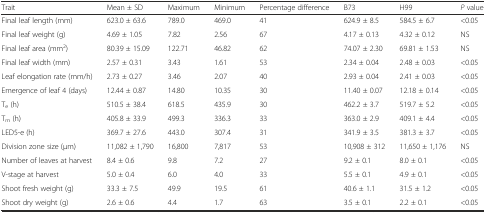
<table><thead><tr><td><b>Trait</b></td><td><b>Mean ± SD</b></td><td><b>Maximum</b></td><td><b>Minimum</b></td><td><b>Percentage difference</b></td><td><b>B73</b></td><td><b>H99</b></td><td><b><i>P</i> value</b></td></tr></thead><tbody><tr><td>Final leaf length (mm)</td><td>623.0 ± 63.6</td><td>789.0</td><td>469.0</td><td>41</td><td>624.9 ± 8.5</td><td>584.5 ± 6.7</td><td>&lt;0.05</td></tr><tr><td>Final leaf weight (g)</td><td>4.69 ± 1.05</td><td>7.82</td><td>2.56</td><td>67</td><td>4.17 ± 0.13</td><td>4.32 ± 0.12</td><td>NS</td></tr><tr><td>Final leaf area (mm<sup>2</sup>)</td><td>80.39 ± 15.09</td><td>122.71</td><td>46.82</td><td>62</td><td>74.07 ± 2.30</td><td>69.81 ± 1.53</td><td>NS</td></tr><tr><td>Final leaf width (mm)</td><td>2.57 ± 0.31</td><td>3.43</td><td>1.61</td><td>53</td><td>2.34 ± 0.04</td><td>2.48 ± 0.03</td><td>&lt;0.05</td></tr><tr><td>Leaf elongation rate (mm/h)</td><td>2.73 ± 0.27</td><td>3.46</td><td>2.07</td><td>40</td><td>2.93 ± 0.04</td><td>2.41 ± 0.03</td><td>&lt;0.05</td></tr><tr><td>Emergence of leaf 4 (days)</td><td>12.44 ± 0.87</td><td>14.80</td><td>10.35</td><td>30</td><td>11.40 ± 0.07</td><td>12.18 ± 0.14</td><td>&lt;0.05</td></tr><tr><td>T<sub>e</sub> (h)</td><td>510.5 ± 38.4</td><td>618.5</td><td>435.9</td><td>30</td><td>462.2 ± 3.7</td><td>519.7 ± 5.2</td><td>&lt;0.05</td></tr><tr><td>T<sub>m</sub> (h)</td><td>405.8 ± 33.9</td><td>499.3</td><td>336.3</td><td>33</td><td>363.0 ± 2.9</td><td>409.1 ± 4.4</td><td>&lt;0.05</td></tr><tr><td>LED5-e (h)</td><td>369.7 ± 27.6</td><td>443.0</td><td>307.4</td><td>31</td><td>341.9 ± 3.5</td><td>381.3 ± 3.7</td><td>&lt;0.05</td></tr><tr><td>Division zone size (μm)</td><td>11,082 ± 1,790</td><td>16,800</td><td>7,817</td><td>53</td><td>10,908 ± 312</td><td>11,650 ± 1,176</td><td>NS</td></tr><tr><td>Number of leaves at harvest</td><td>8.4 ± 0.6</td><td>9.8</td><td>7.2</td><td>27</td><td>9.2 ± 0.1</td><td>8.0 ± 0.1</td><td>&lt;0.05</td></tr><tr><td>V-stage at harvest</td><td>5.0 ± 0.4</td><td>6.0</td><td>4.0</td><td>33</td><td>5.5 ± 0.1</td><td>4.9 ± 0.1</td><td>&lt;0.05</td></tr><tr><td>Shoot fresh weight (g)</td><td>33.3 ± 7.5</td><td>49.9</td><td>19.5</td><td>61</td><td>40.6 ± 1.1</td><td>31.5 ± 1.2</td><td>&lt;0.05</td></tr><tr><td>Shoot dry weight (g)</td><td>2.6 ± 0.6</td><td>4.4</td><td>1.7</td><td>63</td><td>3.5 ± 0.1</td><td>2.2 ± 0.1</td><td>&lt;0.05</td></tr></tbody></table>